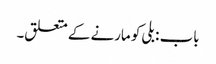
باب : بلی کو مارنے کے متعلق۔